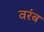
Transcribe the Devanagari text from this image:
वरंब